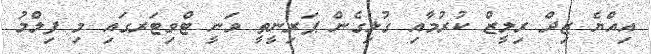
އިއްޔެ ޒިދް ރިލީޒް ކުރުމާއި ގުޅިގެން ޕަރިނީތީ ވަނީ ޓްވިޓަރގައި މި ފިލްމު